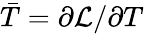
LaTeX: \bar{T}=\partial\mathcal{L}/\partial T